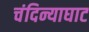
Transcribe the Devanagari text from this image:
चंदिन्याघाट